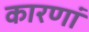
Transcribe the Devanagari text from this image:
कारणां